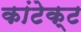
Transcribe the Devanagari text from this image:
कांटेक्‍ट